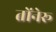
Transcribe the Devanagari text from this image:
तोंनेरू